画像に写った文字を読んでください
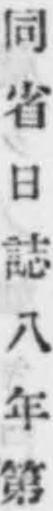
「同省日誌八年第」と書いてあります